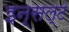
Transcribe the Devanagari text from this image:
इन्सल्ट